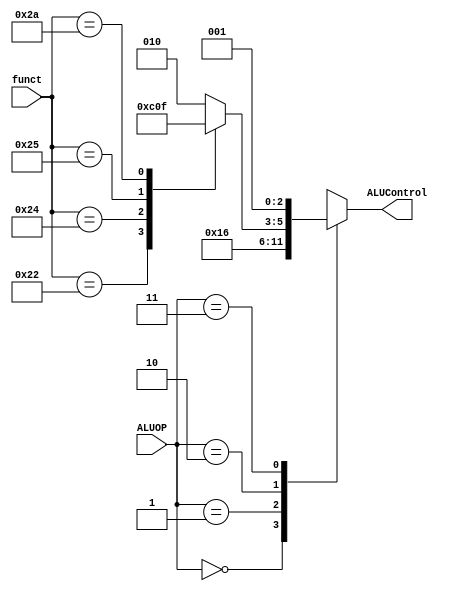
module Controller_ALU_Decoder(funct, ALUOP, ALUControl);

input [1:0] ALUOP;
input [5:0] funct;

output reg [2:0] ALUControl;

always @(ALUOP, funct)
begin

	case(ALUOP)
		2'b00: 
			begin
				ALUControl =010;//add
			
			end
		2'b01: 
			begin
				ALUControl =110;//subtract
			end
		2'b10: 
			begin
				case(funct)
					6'b100000: //add
						begin
							ALUControl =010;
						end
					6'b100010: //sub
						begin
							ALUControl =110;
						end
					6'b100100://and
						begin
							ALUControl =000;
						end
					6'b100101://or
						begin
							ALUControl =001;
						end
					6'b101010://slt
						begin
							ALUControl =111;
						end
					default
						begin
							ALUControl =010;//add
						end
				endcase
			end
		2'b11://or
			begin
				ALUControl =001;
			end

		default 
			begin
				ALUControl=ALUControl;

			end

	endcase	

end

endmodule